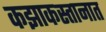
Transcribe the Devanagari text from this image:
कझाकस्तानात